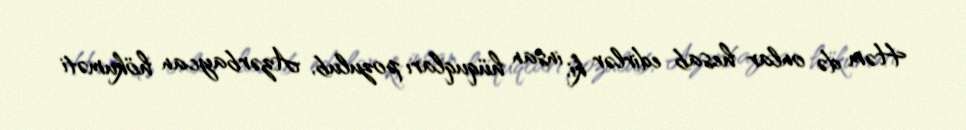
Həm də onlar hesab edirlər ki, insan hüquqları pozulub, Azərbaycan hökuməti